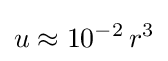
u\approx 10^{-2}\,r^{3}